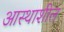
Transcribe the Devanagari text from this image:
आस्थाशील